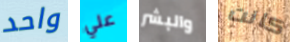
واحد علي والبشر كانت